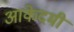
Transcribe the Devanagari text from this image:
आकेदमी